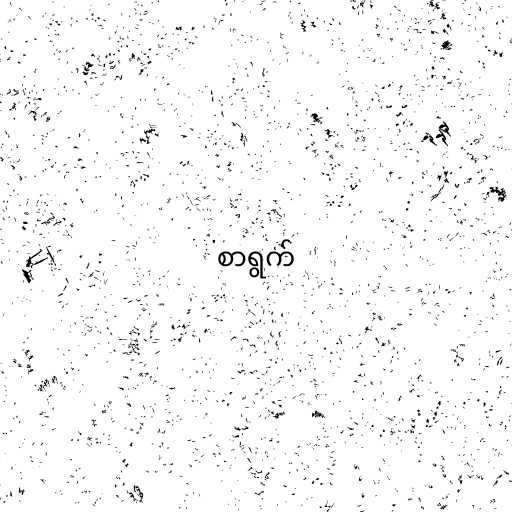
စာရွက်